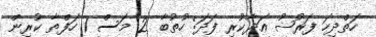
ހަތްދިހަ ފަރުޟު އަދާކުރި ފަދަ: ހުތުބާ 2 މަސް 1 ހަފްތާ ކުރިން